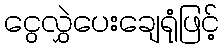
ငွေလွှဲပေးချေရုံဖြင့်